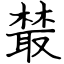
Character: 樷